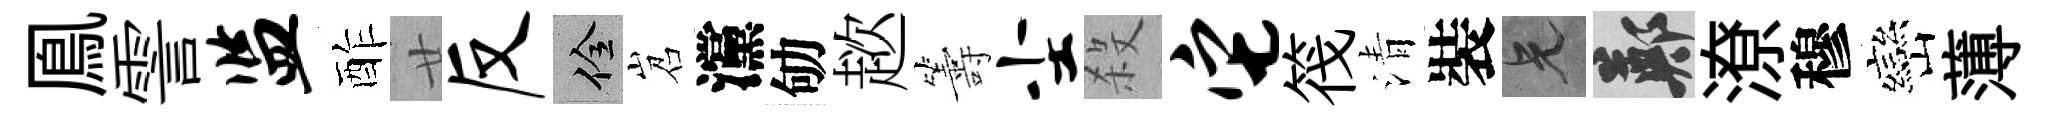
鳯霅监酢廿反佺岧灙劬趑籌尘殺它筏清裝兄鄭潦穆巒薄